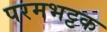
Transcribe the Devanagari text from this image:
परमभट्टक